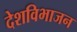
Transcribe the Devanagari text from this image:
देशविभाजन